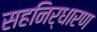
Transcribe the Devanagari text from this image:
सहनिर्धारण